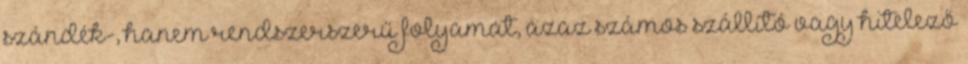
szándék-, hanem rendszerszerű folyamat, azaz számos szállító vagy hitelező